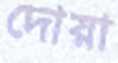
দোয়া